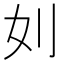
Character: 𠚰